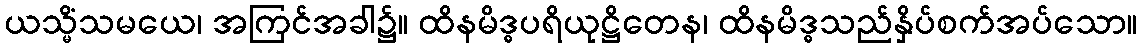
ယသ္မိံသမယေ၊ အကြင်အခါ၌။ ထိနမိဒ္ဓပရိယုဋ္ဌိတေန၊ ထိနမိဒ္ဓသည်နှိပ်စက်အပ်သော။